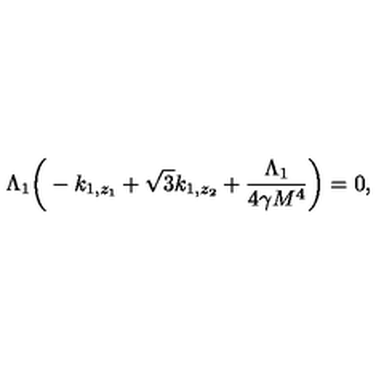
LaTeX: \Lambda _ { 1 } \bigg ( - k _ { 1 , z _ { 1 } } + \sqrt { 3 } k _ { 1 , z _ { 2 } } + \frac { \Lambda _ { 1 } } { 4 \gamma M ^ { 4 } } \bigg ) = 0 ,